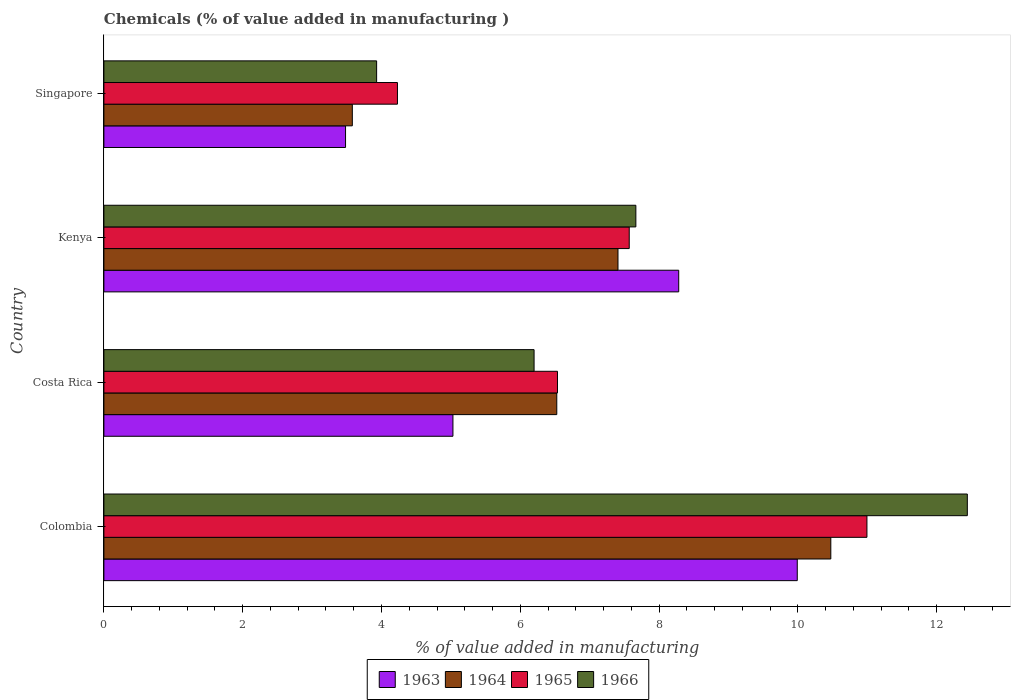
| Country | 1963 | 1964 | 1965 | 1966 |
 | --- | --- | --- | --- | --- |
 | Colombia | 9.99 | 10.5 | 11 | 12.4 |
 | Costa Rica | 5.03 | 6.53 | 6.54 | 6.2 |
 | Kenya | 8.28 | 7.41 | 7.57 | 7.67 |
 | Singapore | 3.48 | 3.58 | 4.23 | 3.93 |